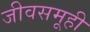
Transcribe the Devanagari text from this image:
जीवसमूही